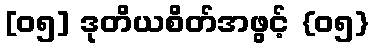
[၀၅] ဒုတိယစိတ်အဖွင့် {၀၅}